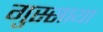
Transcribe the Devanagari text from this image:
गुस्साया